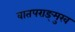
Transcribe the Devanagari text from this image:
वातपराङ्‌मुख